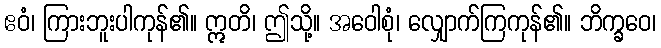
ဧဝံ၊ ကြားဘူးပါကုန်၏။ ဣတိ၊ ဤသို့။ အဝေါစုံ၊ လျှောက်ကြကုန်၏။ ဘိက္ခဝေ၊